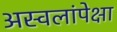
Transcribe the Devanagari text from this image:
अस्वलांपेक्षा